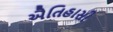
ઐતિહાસી